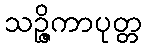
သဉ္ဇိကာပုတ္တ